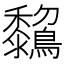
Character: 𪇺